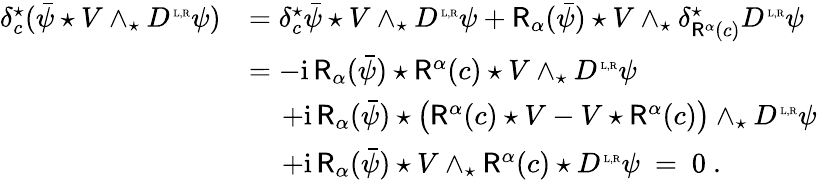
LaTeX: \begin{array}{rl}{\delta_{c}^{\star}(\bar{\psi}\star V\wedge_{\star}D^{\mathrm{\tiny~L,R}}\psi)}&{=\delta_{c}^{\star}\bar{\psi}\star V\wedge_{\star}D^{\mathrm{\tiny~L,R}}\psi+\mathsf{R}_{\alpha}(\bar{\psi})\star V\wedge_{\star}\delta_{\mathsf{R}^{\alpha}(c)}^{\star}D^{\mathrm{\tiny~L,R}}\psi}\\ &{=-{\mathrm{i}}\, \mathsf{R}_{\alpha}(\bar{\psi})\star\mathsf{R}^{\alpha}(c)\star V\wedge_{\star}D^{\mathrm{\tiny~L,R}}\psi}\\ &{\quad\, +{\mathrm{i}}\, \mathsf{R}_{\alpha}(\bar{\psi})\star\big(\mathsf{R}^{\alpha}(c)\star V-V\star\mathsf{R}^{\alpha}(c)\big)\wedge_{\star}D^{\mathrm{\tiny~L,R}}\psi}\\ &{\quad\, +{\mathrm{i}}\, \mathsf{R}_{\alpha}(\bar{\psi})\star V\wedge_{\star}\mathsf{R}^{\alpha}(c)\star D^{\mathrm{\tiny~L,R}}\psi\ =\ 0\ .}\end{array}